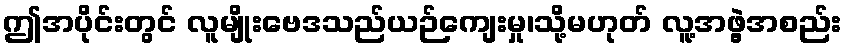
ဤအပိုင်းတွင် လူမျိုးဗေဒသည်ယဉ်ကျေးမှု၊သို့မဟုတ် လူ့အဖွဲ့အစည်း